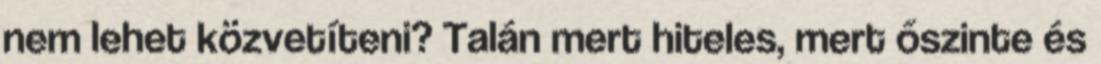
nem lehet közvetíteni? Talán mert hiteles, mert őszinte és